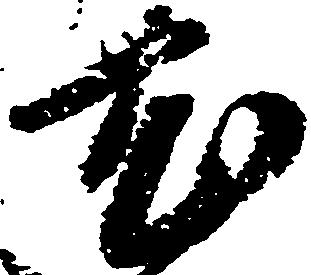
尤